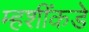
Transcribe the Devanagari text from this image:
म्हशींकडे